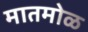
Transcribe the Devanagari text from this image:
मातमोळ